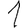
Digit: 1